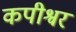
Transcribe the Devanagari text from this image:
कपीश्वर